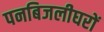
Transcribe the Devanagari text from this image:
पनबिजलीघरों